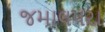
જમાલપરા